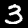
Digit: 3